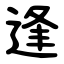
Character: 逢